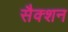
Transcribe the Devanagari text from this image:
सैक्शन